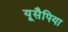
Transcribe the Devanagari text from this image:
यूसैपिया